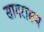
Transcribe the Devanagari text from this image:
सागरासम